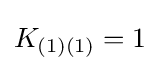
K_{(1)(1)}=1